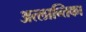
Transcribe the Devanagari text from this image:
अत्लान्तिका